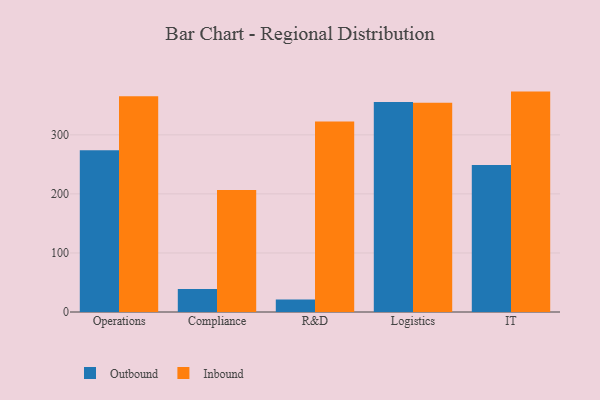
{"axis": {"x": "Department", "y": "Page Views"}, "legend": ["Inbound", "Outbound"], "data": [{"x": "Operations", "y": 274.0, "type": "Outbound"}, {"x": "Operations", "y": 365.5, "type": "Inbound"}, {"x": "Compliance", "y": 39.0, "type": "Outbound"}, {"x": "Compliance", "y": 206.7, "type": "Inbound"}, {"x": "R&D", "y": 21.3, "type": "Outbound"}, {"x": "R&D", "y": 322.7, "type": "Inbound"}, {"x": "Logistics", "y": 355.6, "type": "Outbound"}, {"x": "Logistics", "y": 354.5, "type": "Inbound"}, {"x": "IT", "y": 248.9, "type": "Outbound"}, {"x": "IT", "y": 373.2, "type": "Inbound"}]}